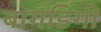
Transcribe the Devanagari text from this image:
बागडिगी